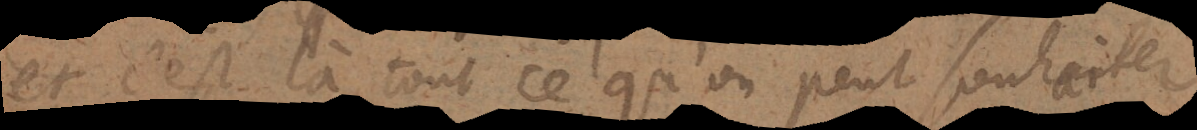
et c’est là tout ce qu’on peut souhaiter